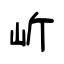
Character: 岓